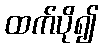
ထက်ပို၍